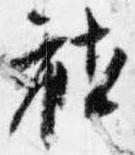
社